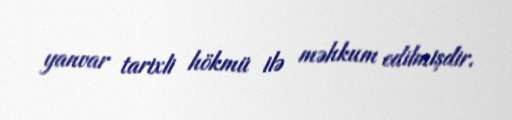
yanvar tarixli hökmü ilə məhkum edilmişdir.